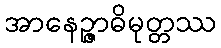
အာနေဉ္ဇာဓိမုတ္တဿ